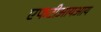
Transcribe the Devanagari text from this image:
एफटीआयआय